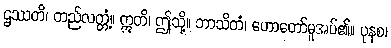
ဌဿတိ၊ တည်လတ္တံ့။ ဣတိ၊ ဤသို့။ ဘာသိတံ၊ ဟောတော်မူအပ်၏။ ပုနစ၊